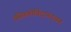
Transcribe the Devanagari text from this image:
रसिकगोविंदानंदधन